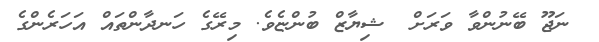
ނަޖޫ ބޭނުންވާ ވަރަށް  ޝިޔާޒް ބުންޏެވެ. މިރޭގެ ހަނދާންތައް އަހަރެންގެ